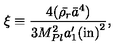
\xi \equiv \frac { 4 ( \bar { \rho _ { r } } \bar { a } ^ { 4 } ) } { 3 M _ { P l } ^ { 2 } { { a } _ { 1 } ^ { \prime } ( \mathrm { i n } ) } ^ { 2 } } ,